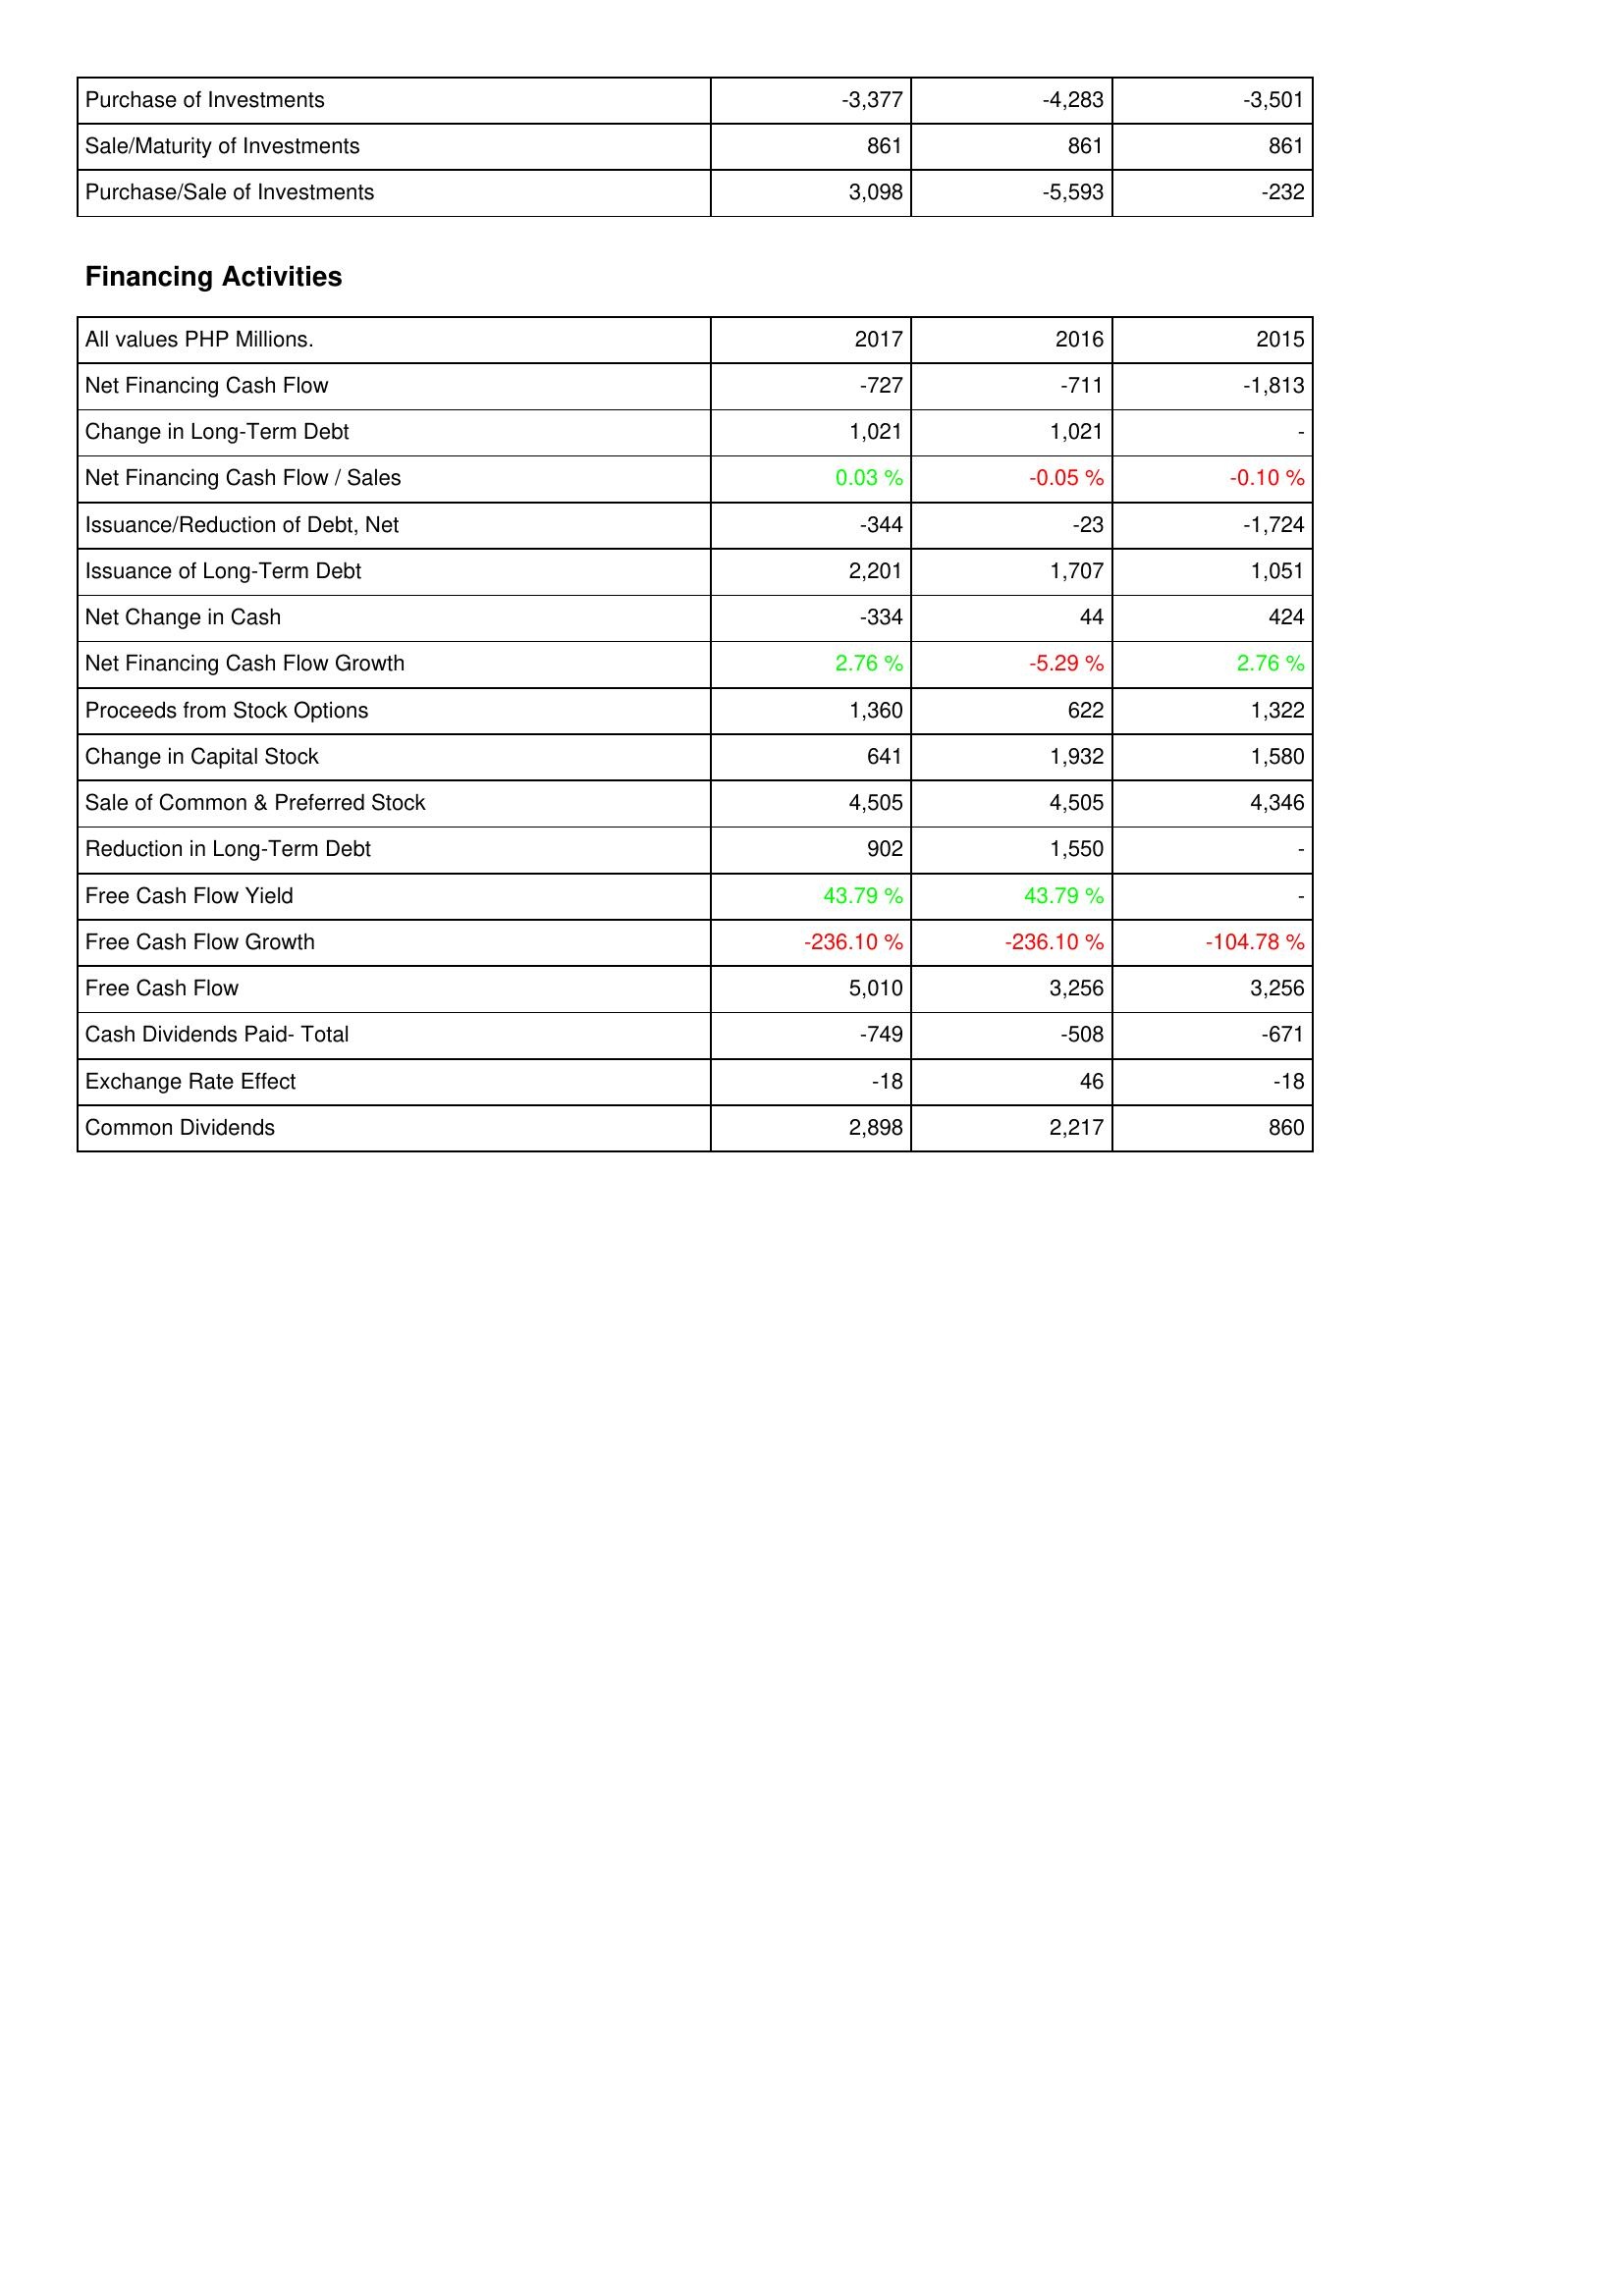
2017: Investing Activities: Purchase of Investments: -3,377
Sale/Maturity of Investments: 861
Purchase/Sale of Investments: 3,098
Financing Activities: Net Financing Cash Flow: -727
Change in Long-Term Debt: 1,021
Net Financing Cash Flow / Sales: 0.03 %
Issuance/Reduction of Debt, Net: -344
Issuance of Long-Term Debt: 2,201
Net Change in Cash: -334
Net Financing Cash Flow Growth: 2.76 %
Proceeds from Stock Options: 1,360
Change in Capital Stock: 641
Sale of Common & Preferred Stock: 4,505
Reduction in Long-Term Debt: 902
Free Cash Flow Yield: 43.79 %
Free Cash Flow Growth: -236.10 %
Free Cash Flow: 5,010
Cash Dividends Paid- Total: -749
Exchange Rate Effect: -18
Common Dividends: 2,898
2016: Investing Activities: Purchase of Investments: -4,283
Sale/Maturity of Investments: 861
Purchase/Sale of Investments: -5,593
Financing Activities: Net Financing Cash Flow: -711
Change in Long-Term Debt: 1,021
Net Financing Cash Flow / Sales: -0.05 %
Issuance/Reduction of Debt, Net: -23
Issuance of Long-Term Debt: 1,707
Net Change in Cash: 44
Net Financing Cash Flow Growth: -5.29 %
Proceeds from Stock Options: 622
Change in Capital Stock: 1,932
Sale of Common & Preferred Stock: 4,505
Reduction in Long-Term Debt: 1,550
Free Cash Flow Yield: 43.79 %
Free Cash Flow Growth: -236.10 %
Free Cash Flow: 3,256
Cash Dividends Paid- Total: -508
Exchange Rate Effect: 46
Common Dividends: 2,217
2015: Investing Activities: Purchase of Investments: -3,501
Sale/Maturity of Investments: 861
Purchase/Sale of Investments: -232
Financing Activities: Net Financing Cash Flow: -1,813
Change in Long-Term Debt: -
Net Financing Cash Flow / Sales: -0.10 %
Issuance/Reduction of Debt, Net: -1,724
Issuance of Long-Term Debt: 1,051
Net Change in Cash: 424
Net Financing Cash Flow Growth: 2.76 %
Proceeds from Stock Options: 1,322
Change in Capital Stock: 1,580
Sale of Common & Preferred Stock: 4,346
Reduction in Long-Term Debt: -
Free Cash Flow Yield: -
Free Cash Flow Growth: -104.78 %
Free Cash Flow: 3,256
Cash Dividends Paid- Total: -671
Exchange Rate Effect: -18
Common Dividends: 860